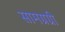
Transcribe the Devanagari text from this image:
सामग्रग्री